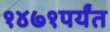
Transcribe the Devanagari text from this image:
१४७१पर्यंत